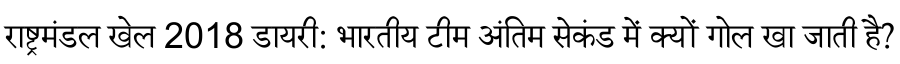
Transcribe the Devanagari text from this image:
राष्ट्रमंडल खेल 2018 डायरी: भारतीय टीम अंतिम सेकंड में क्यों गोल खा जाती है?